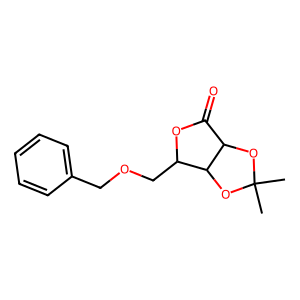
SMILES: CC1(C)OC2C(=O)OC(COCc3ccccc3)C2O1
Inhibits HIV replication: No